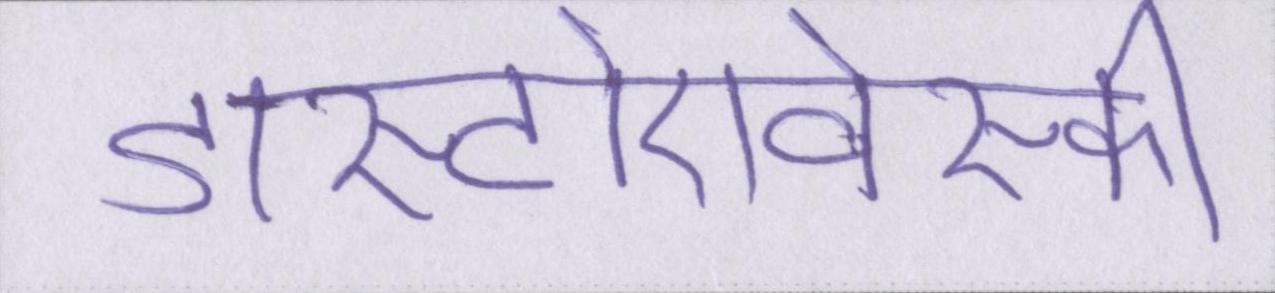
डास्टोएवेस्की